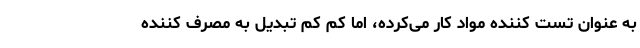
به عنوان تست کننده مواد کار می‌کرده، اما کم کم تبدیل به مصرف کننده